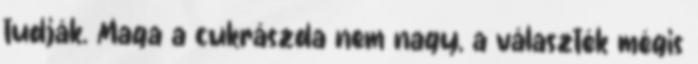
tudják. Maga a cukrászda nem nagy, a választék mégis